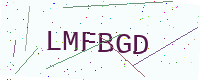
Text: LMFBGD